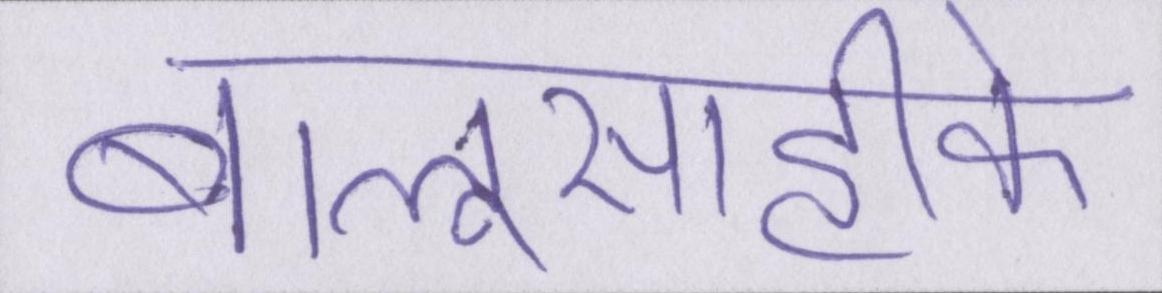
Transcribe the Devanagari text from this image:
बालूसाहीके